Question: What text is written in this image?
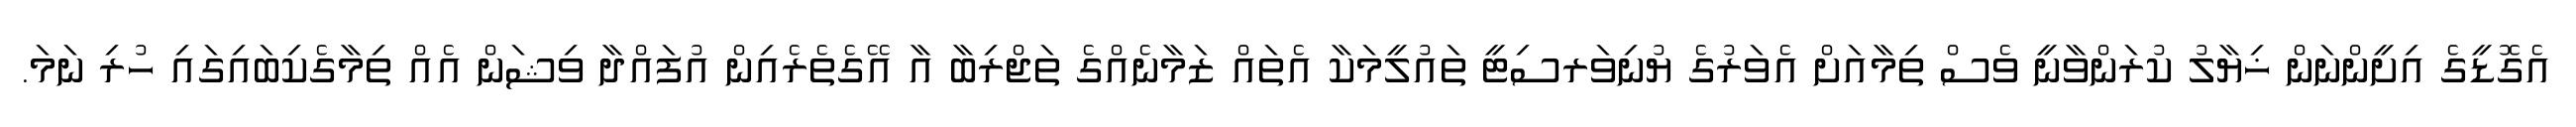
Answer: އެގޮޑީގެ އިށީންނަން ޚިޔާލު ކުރަންވާނީ ވެސް ތިމާއަށް އެވަރުގެ ޔުނިވަރސިޓީ ތައުލީމަކާ އެތައް ޒަމާނެއްގެ ތަޖްރިބާ އާ އޭގެތެރެއިން އުފައްދާ ވިޝަން އެއް ތިމާގެކިބައިގައި ހުރި ނަމަ.